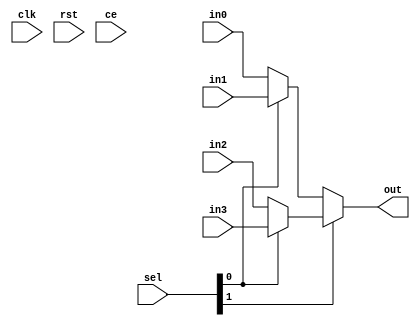
// -----------------------------------------------------------------------
// EDABK       401 C9 Building, Hanoi University of Science and Technology
//             No 1, Dai Co Viet Street, Hai Ba Trung Dist., Hanoi
// -----------------------------------------------------------------------
// Project     : Singular Value Decomposition

module mux4x1
(
	input 	clk,
	input		rst,
	input		in0,
	input		in1,
	input		in2,
	input		in3,
	input	 	[1:0]		sel,
	input             ce,	
	output 	 			out
);

assign out=	(sel[1])?((sel[0])?in3:in2):((sel[0])?in1:in0);
endmodule